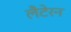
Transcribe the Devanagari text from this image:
लैटेरन